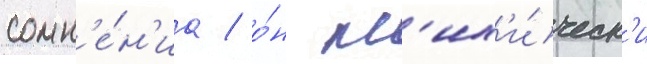
сомн'е́н'иа / о́н пс'их'и́ческ'и